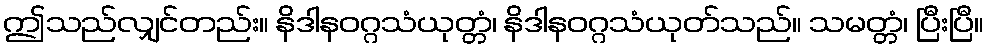
ဤသည်လျှင်တည်း။ နိဒါနဝဂ္ဂသံယုတ္တံ၊ နိဒါနဝဂ္ဂသံယုတ်သည်။ သမတ္တံ၊ ပြီးပြီ။